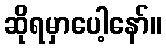
ဆိုရမှာပေါ့နော်။